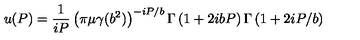
u ( P ) = \frac 1 { i P } \left( \pi \mu \gamma ( b ^ { 2 } ) \right) ^ { - i P / b } \Gamma \left( 1 + 2 i b P \right) \Gamma \left( 1 + 2 i P / b \right)